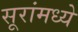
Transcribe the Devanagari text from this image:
सूरांमध्ये